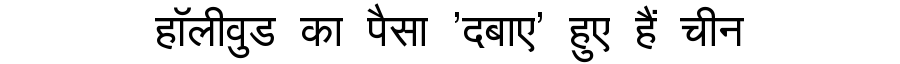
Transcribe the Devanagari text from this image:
हॉलीवुड का पैसा 'दबाए' हुए हैं चीन